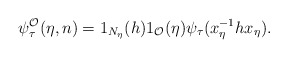
\begin{align*}\psi^{\mathcal{O}}_{\tau}(\eta,n)=1_{N_{\eta}}(h)1_{\mathcal{O}}(\eta)\psi_{\tau}(x_{\eta}^{-1}h x_{\eta}).\end{align*}